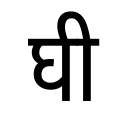
OCR:
घी